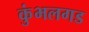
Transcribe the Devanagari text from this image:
कुंभलगड